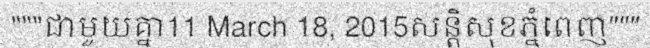
"""ជាមួយគ្នា11 March 18, 2015សន្តិសុខភ្នំពេញ"""